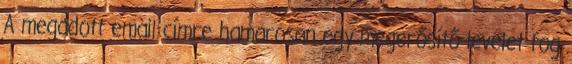
A megadott email címre hamarosan egy megerősítő levelet fog